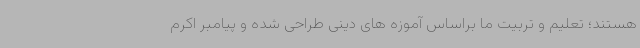
هستند؛ تعلیم و تربیت ما براساس آموزه های دینی طراحی شده و پیامبر اکرم